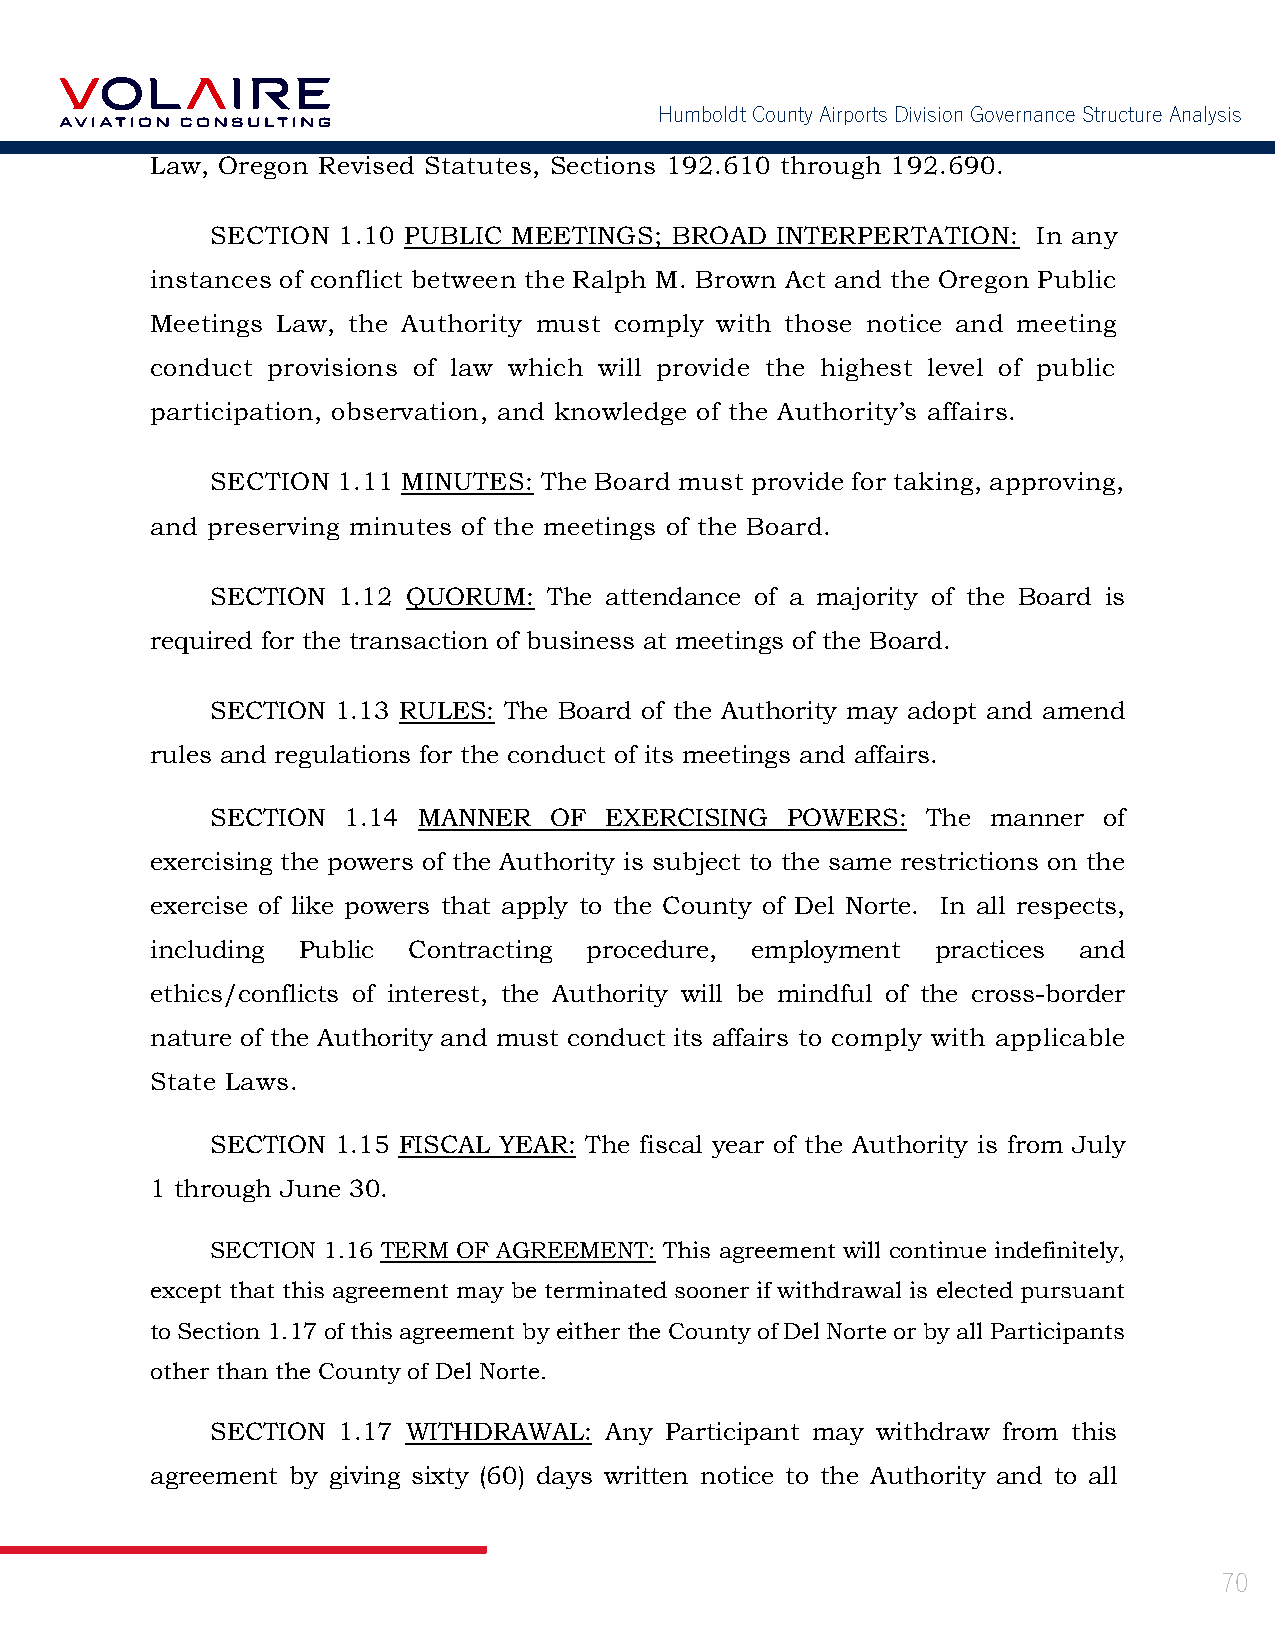
Humboldt County Airports Division Governance Structure Analysis
 Law, Oregon Revised Statutes, Sections 192.610 through 192.690.
 SECTION 1.10 PUBLIC MEETINGS; BROAD  INTERPERTATION:   In any
 instances of conflict between the Ralph M. Brown Act and the Oregon Public
 Meetings Law, the Authority must comply with those notice and meeting
 conduct provisions of law which will provide the highest level of public
 participation, observation, and knowledge of the Authority’s affairs.
 SECTION 1.11 MINUTES: The Board must provide for taking, approving,
 and preserving minutes of the meetings of the Board.
 SECTION 1.12 QUORUM:  The attendance of a majority of the Board is
 required for the transaction of business at meetings of the Board.
 SECTION 1.13 RULES: The Board of the Authority may adopt and amend
 rules and regulations for the conduct of its meetings and affairs.
 SECTION  1.14 MANNER  OF  EXERCISING  POWERS:  The  manner of
 exercising the powers of the Authority is subject to the same restrictions on the
 exercise of like powers that apply to the County of Del Norte. In all respects,
 including Public Contracting procedure, employment  practices and
 ethics/conflicts of interest, the Authority will be mindful of the cross-border
 nature of the Authority and must conduct its affairs to comply with applicable
 State Laws.
 SECTION 1.15 FISCAL YEAR: The fiscal year of the Authority is from July
 1 through June 30.
 SECTION 1.16 TERM OF AGREEMENT: This agreement will continue indefinitely,
 except that this agreement may be terminated sooner if withdrawal is elected pursuant
 to Section 1.17 of this agreement by either the County of Del Norte or by all Participants
 other than the County of Del Norte.
 SECTION 1.17 WITHDRAWAL:  Any Participant may withdraw from this
 agreement by giving sixty (60) days written notice to the Authority and to all
 70